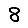
Digit: 8